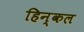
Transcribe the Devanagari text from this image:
हिन्कल